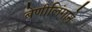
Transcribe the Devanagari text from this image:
बेणीलिंगाने